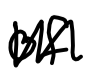
Text: of
Cross-out: zig-zag
Writing tool: digital_black